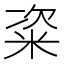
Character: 粢